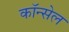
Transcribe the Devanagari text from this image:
कॉन्सेल